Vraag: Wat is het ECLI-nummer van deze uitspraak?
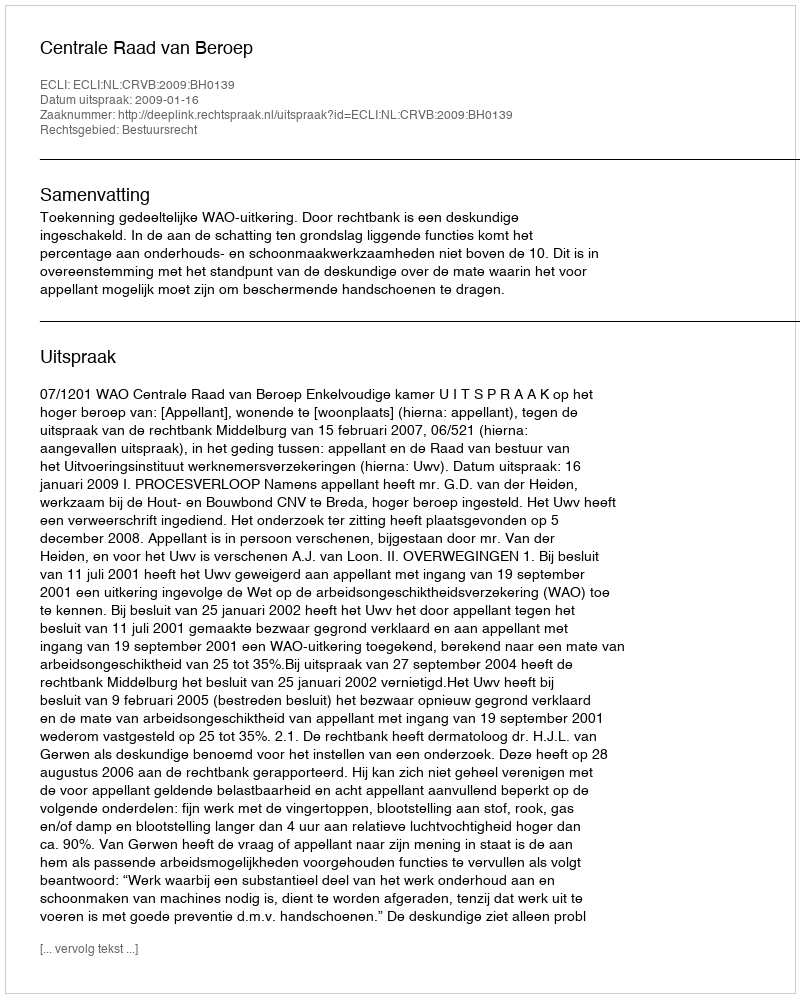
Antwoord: ECLI:NL:CRVB:2009:BH0139